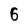
Character: 6